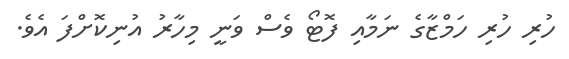
ހުރި ހުރި ހަމްޒާގެ ނަމާއި ފޮޓޯ ވެސް ވަނީ މިހާރު އުނިކޮށްފަ އެވެ.